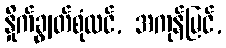
နှိုက်ချွတ်စုံလင်, အကုန်မြင်,